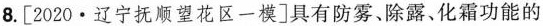
8.[2020·辽宁抚顺望花区一模]具有防雾、除露、化霜功能的